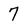
Character: 7